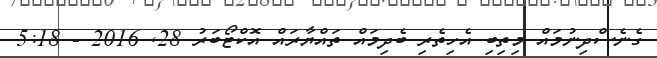
ގެނެސްދިނުމައް މިތިބި އެހިތެރި ބެދިމައް ތައްޔާރައް އޮކްޓޯބަރު 28